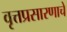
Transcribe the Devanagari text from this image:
वृत्तप्रसारणाचे